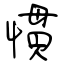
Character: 慣